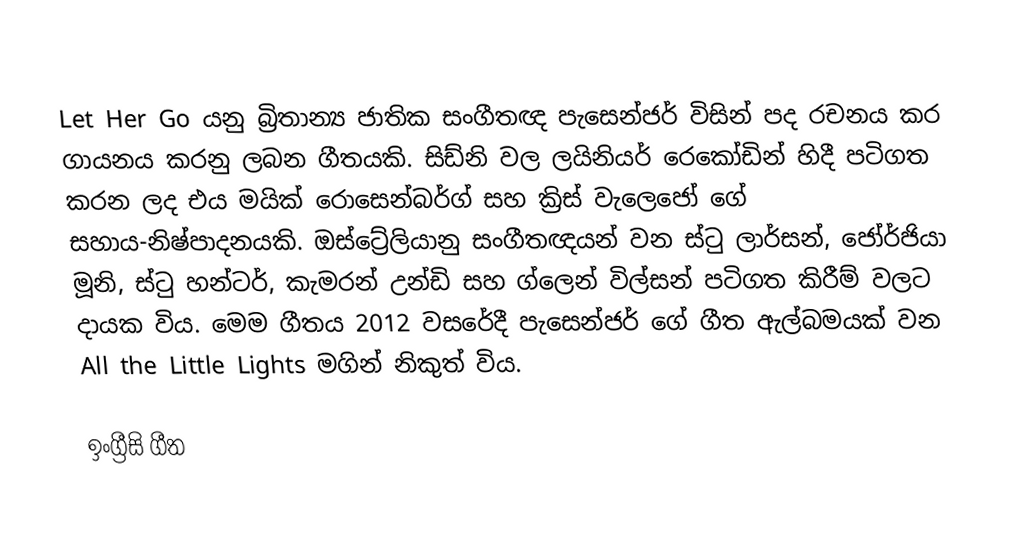
Let Her Go යනු බ්‍රිතාන්‍ය ජාතික සංගීතඥ පැසෙන්ජර් විසින් පද රචනය කර ගායනය කරනු ලබන ගීතයකි. සිඩ්නි වල ලයිනියර් රෙකෝඩින් හිදී පටිගත කරන ලද එය මයික් රොසෙන්බර්ග් සහ ක්‍රිස් වැලෙජෝ ගේ සහාය-නිෂ්පාදනයකි. ඔස්ට්‍රේලියානු සංගීතඥයන් වන ස්ටු ලාර්සන්, ජෝර්ජියා මූනි, ස්ටු හන්ටර්, කැමරන් උන්ඩි සහ ග්ලෙන් විල්සන් පටිගත කිරීම් වලට දායක විය. මෙම ගීතය 2012 වසරේදී පැසෙන්ජර් ගේ ගීත ඇල්බමයක් වන All the Little Lights මගින් නිකුත් විය.

ඉංග්‍රීසි ගීත